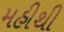
મહીથી